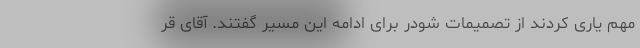
مهم یاری کردند از تصمیمات شودر برای ادامه این مسیر گفتند. آقای قر